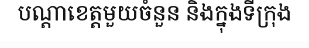
បណ្តាខេត្តមួយចំនួន និងក្នុងទីក្រុង